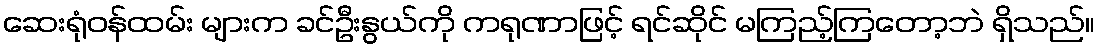
ဆေးရုံဝန်ထမ်း များက ခင်ဦးနွယ်ကို ကရုဏာဖြင့် ရင်ဆိုင် မကြည့်ကြတော့ဘဲ ရှိသည်။